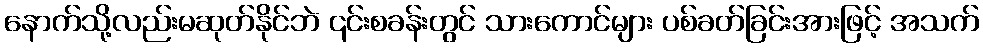
နောက်သို့လည်းမဆုတ်နိုင်ဘဲ ၎င်းစခန်းတွင် သားကောင်များ ပစ်ခတ်ခြင်းအားဖြင့် အသက်